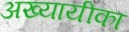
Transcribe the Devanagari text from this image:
अख्यायीका